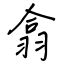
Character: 翕